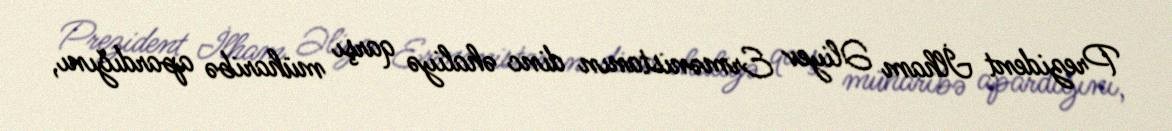
Prezident İlham Əliyev Ermənistanın dinc əhaliyə qarşı müharibə apardığını,